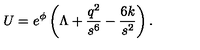
U = e ^ { \phi } \left( \Lambda + \frac { q ^ { 2 } } { s ^ { 6 } } - \frac { 6 k } { s ^ { 2 } } \right) .